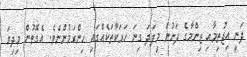
ދަނީ އިޖުތިމާއި ޒިންމާގެ ދަށުން މިފަދަ ގިނަ ހަރަކާތަކެއްގައި ހިންގަމުންނެވެ. އެގޮތުން މިދިޔަ